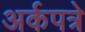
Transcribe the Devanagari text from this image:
अर्कपत्रे